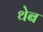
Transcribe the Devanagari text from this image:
थेब